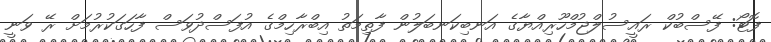
ފޮޓޯ: ފޭސްބުކް ރައީސުލްޖުމްހޫރިއްޔާގެ އަނބިކަނބަލުން ފާތިމަތު އިބްރާހިމްގެ އުފަސްދުވަސް ފާހަގަކުރުމަށް ރޭ ވަނީ